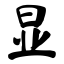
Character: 显